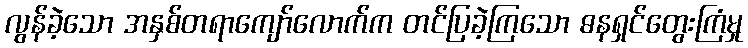
လွန်ခဲ့သော အနှစ်တရာကျော်လောက်က တင်ပြခဲ့ကြသော ဓနရှင်တွေးကြံမှု